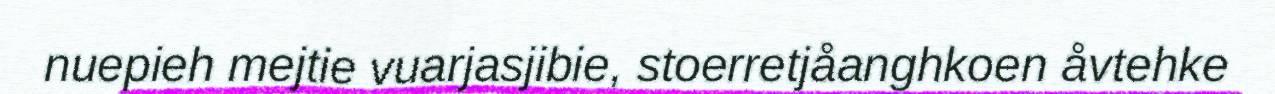
nuepieh mejtie vuarjasjibie, stoerretjåanghkoen åvtehke